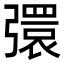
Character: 彋